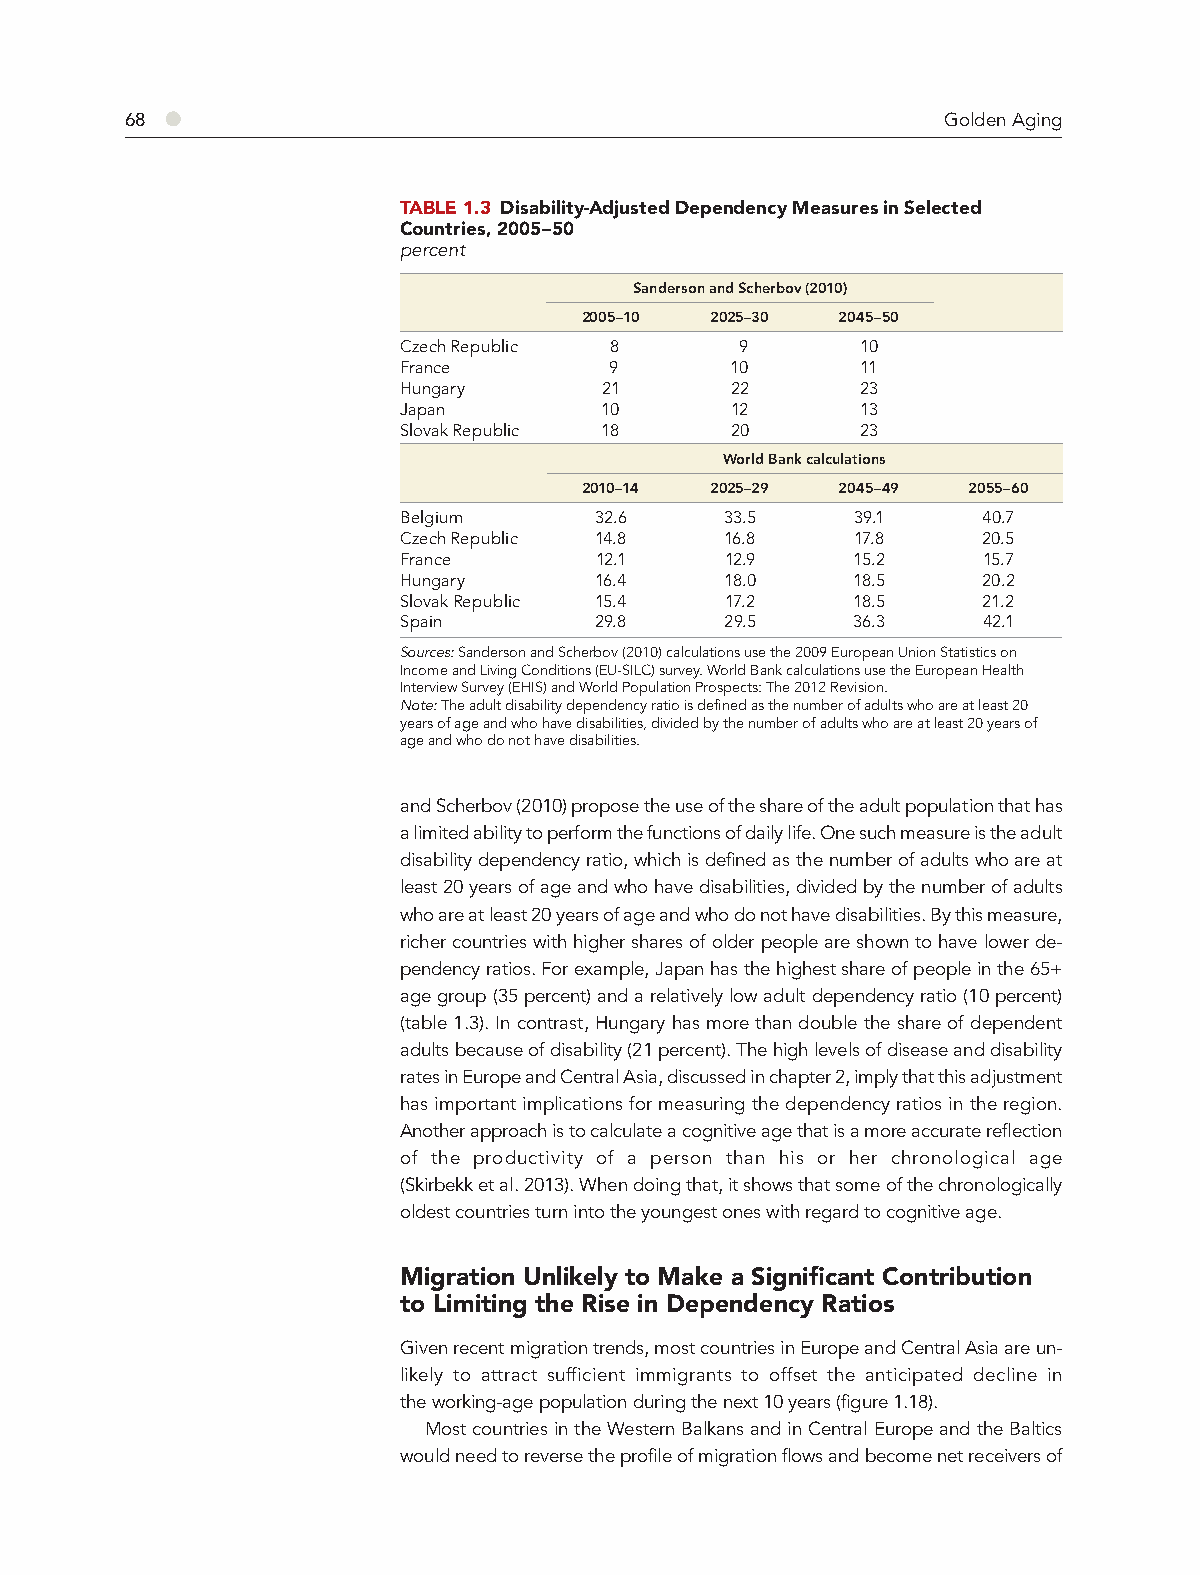
68 ●                                                   Golden Aging
 TABLE 1.3 Disability-Adjusted Dependency Measures in Selected
 Countries, 2005–50
 percent
 Sanderson and Scherbov (2010)
 2005–10 2025–30  2045–50
 Czech Republic 8       9       10
 France        9       10       11
 Hungary       21      22       23
 Japan         10      12       13
 Slovak Republic 18    20       23
 World Bank calculations
 2010–14 2025–29  2045–49 2055–60
 Belgium      32.6     33.5     39.1    40.7
 Czech Republic 14.8   16.8     17.8    20.5
 France       12.1     12.9    15.2     15.7
 Hungary      16.4     18.0    18.5     20.2
 Slovak Republic 15.4  17.2    18.5     21.2
 Spain        29.8     29.5    36.3     42.1
 Sources: Sanderson and Scherbov (2010) calculations use the 2009 European Union Statistics on
 Income and Living Conditions (EU-SILC) survey. World Bank calculations use the European Health
 Interview Survey (EHIS) and World Population Prospects: The 2012 Revision.
 Note: The adult disability dependency ratio is defined as the number of adults who are at least 20
 years of age and who have disabilities, divided by the number of adults who are at least 20 years of
 age and who do not have disabilities.
 and Scherbov (2010) propose the use of the share of the adult population that has
 a limited ability to perform the functions of daily life. One such measure is the adult
 disability dependency ratio, which is defined as the number of adults who are at
 least 20 years of age and who have disabilities, divided by the number of adults
 who are at least 20 years of age and who do not have disabilities. By this measure,
 richer countries with higher shares of older people are shown to have lower de-
 pendency ratios. For example, Japan has the highest share of people in the 65+
 age group (35 percent) and a relatively low adult dependency ratio (10 percent)
 (table 1.3). In contrast, Hungary has more than double the share of dependent
 adults because of disability (21 percent). The high levels of disease and disability
 rates in Europe and Central Asia, discussed in chapter 2, imply that this adjustment
 has important implications for measuring the dependency ratios in the region.
 Another approach is to calculate a cognitive age that is a more accurate reflection
 of the productivity of a person than his or her chronological age
 (Skirbekk et al. 2013). When doing that, it shows that some of the chronologically
 oldest countries turn into the youngest ones with regard to cognitive age.
 Migration Unlikely to Make a Signifi cant Contribution
 to Limiting the Rise in Dependency Ratios
 Given recent migration trends, most countries in Europe and Central Asia are un-
 likely to attract sufficient immigrants to offset the anticipated decline in
 the working-age population during the next 10 years (figure 1.18).
 Most countries in the Western Balkans and in Central Europe and the Baltics
 would need to reverse the profile of migration flows and become net receivers of